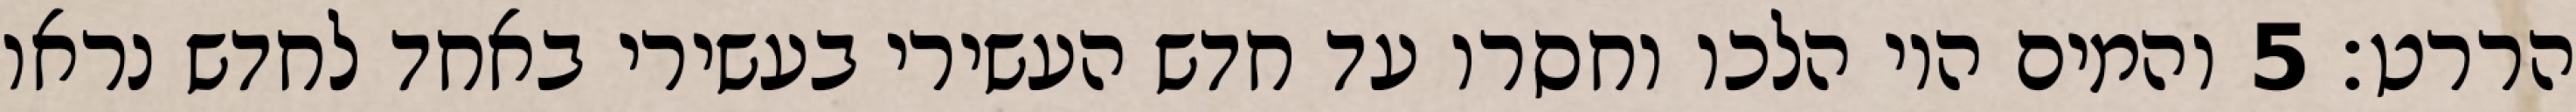
הררט׃ ‎5‏ והמים היו הלכו וחסרו עד חדש העשירי בעשירי באחד לחדש נראו